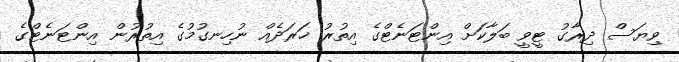
ވިޔަސް ދިރާގު ޓީވީ ބަލާކަށް އިންޓަނެޓްގެ އިތުރު ޚަރަދެއް ނުހިނގުމުގެ އިތުރުން އިންޓަނެޓްގެ